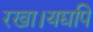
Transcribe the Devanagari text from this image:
रखा।यद्यपि